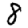
Digit: 8